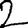
Digit: 2